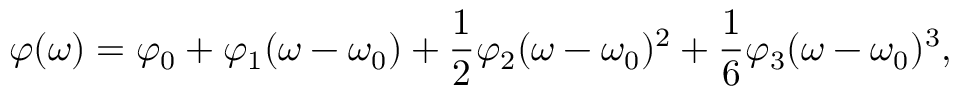
\varphi ( \omega ) = \varphi _ { 0 } + \varphi _ { 1 } ( \omega - \omega _ { 0 } ) + \frac { 1 } { 2 } \varphi _ { 2 } ( \omega - \omega _ { 0 } ) ^ { 2 } + \frac { 1 } { 6 } \varphi _ { 3 } ( \omega - \omega _ { 0 } ) ^ { 3 } ,